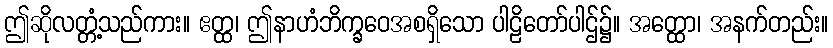
ဤဆိုလတ္တံ့သည်ကား။ ဧတ္ထ၊ ဤနာဟံဘိက္ခဝေအစရှိသော ပါဠိတော်ပါဌ်၌။ အတ္ထော၊ အနက်တည်း။